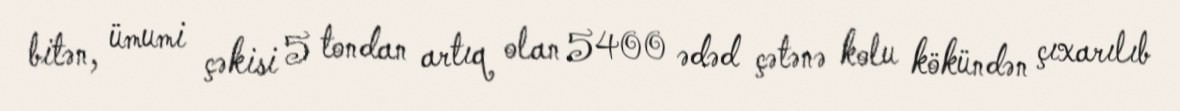
bitən, ümumi çəkisi 5 tondan artıq olan 5400 ədəd çətənə kolu kökündən çıxarılıb